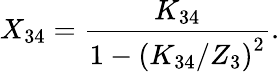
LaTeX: X_{34}=\frac{K_{34}}{1-\left(K_{34}/Z_{3}\right)^{2}}.